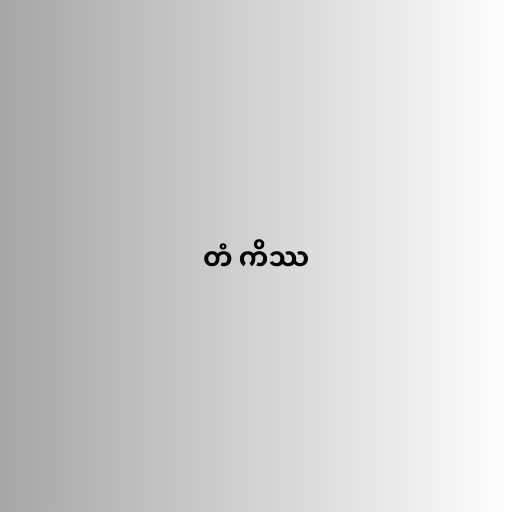
တံ ကိဿ